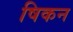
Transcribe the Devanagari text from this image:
षिकन